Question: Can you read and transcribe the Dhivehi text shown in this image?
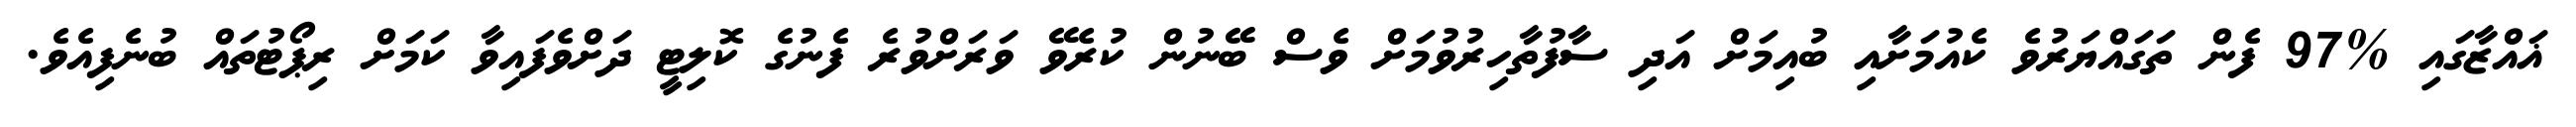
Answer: ޣައްޒާގައި %97 ފެން ތަގައްޔަރުވެ ކެއުމަށާއި ބުއިމަށް އަދި ސާފުތާހިރުވުމަށް ވެސް ބޭނުން ކުރެވޭ ވަރަށްވުރެ ފެނުގެ ކޮލިޓީ ދަށްވެފައިވާ ކަމަށް ރިޕޯޓުތައް ބުނެފިއެވެ.